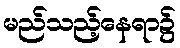
မည်သည့်နေရာ၌